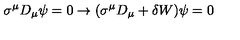
\sigma ^ { \mu } D _ { \mu } \psi = 0 \rightarrow ( \sigma ^ { \mu } D _ { \mu } + \delta W ) \psi = 0